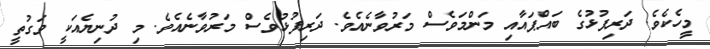
މީހެކެވެ. ދަރިފުޅުގެ ބައްޕައާއި މަންމަވެސް މަރުވާނެއެވެ. ދަރިފުޅުވެސް މަރުވާނެއެވެ. މި ދުނިޔެއަކީ ވަގުތީ